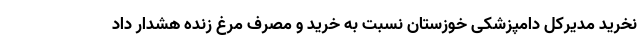
نخرید مدیرکل دامپزشکی خوزستان نسبت به خرید و مصرف مرغ زنده هشدار داد